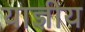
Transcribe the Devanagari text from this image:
याज्ञीय